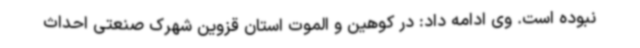
نبوده است. وی ادامه داد: در کوهین و الموت استان قزوین شهرک صنعتی احداث